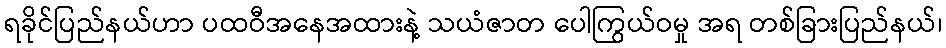
ရခိုင်ပြည်နယ်ဟာ ပထဝီအနေအထားနဲ့ သယံဇာတ ပေါကြွယ်ဝမှု အရ တစ်ခြားပြည်နယ်၊